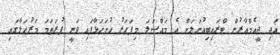
އަދި ޖީއެމްއާރުން ޓްރައިބިއުނަލަށް އެ މައްސަލަ މިފަހަރު ހުށަހަޅާފައި ވަނީ ފުރަތަމަ މަރުހަލާގައި